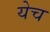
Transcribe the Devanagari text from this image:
येच